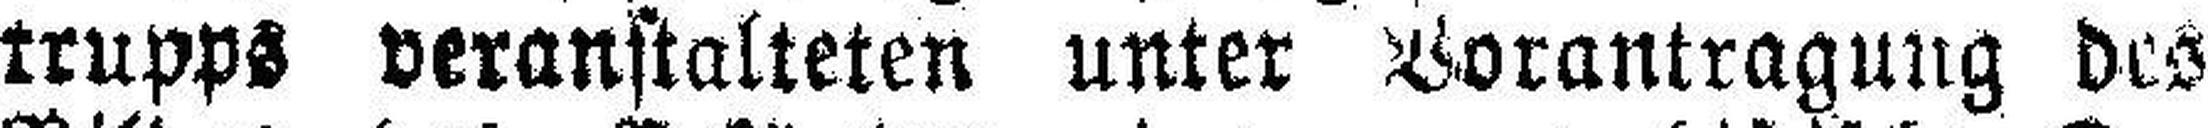
trupps veranstalteten unter Vorantragung des